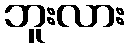
ဘူးလား